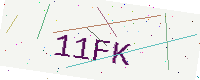
Text: 11FK